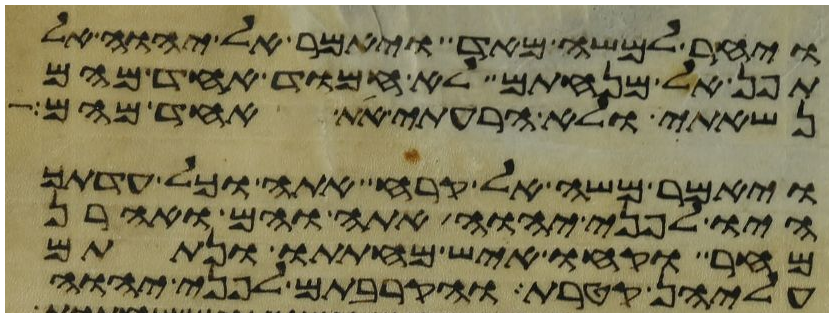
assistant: ויחר למשה מאד ויאמר אל יהוה אל
תפן אל מנחתם לא חמוד אחד מהם
נשאתי ולא הרעתי את אחד מהם
ויאמר משה אל קרח אתה וכל עדתך
היו לפני יהוה אתה והם ואהרן
מחר וקחו איש מחתתו ונתתם
עליהן קטרת והקרבתם לפני יהוה